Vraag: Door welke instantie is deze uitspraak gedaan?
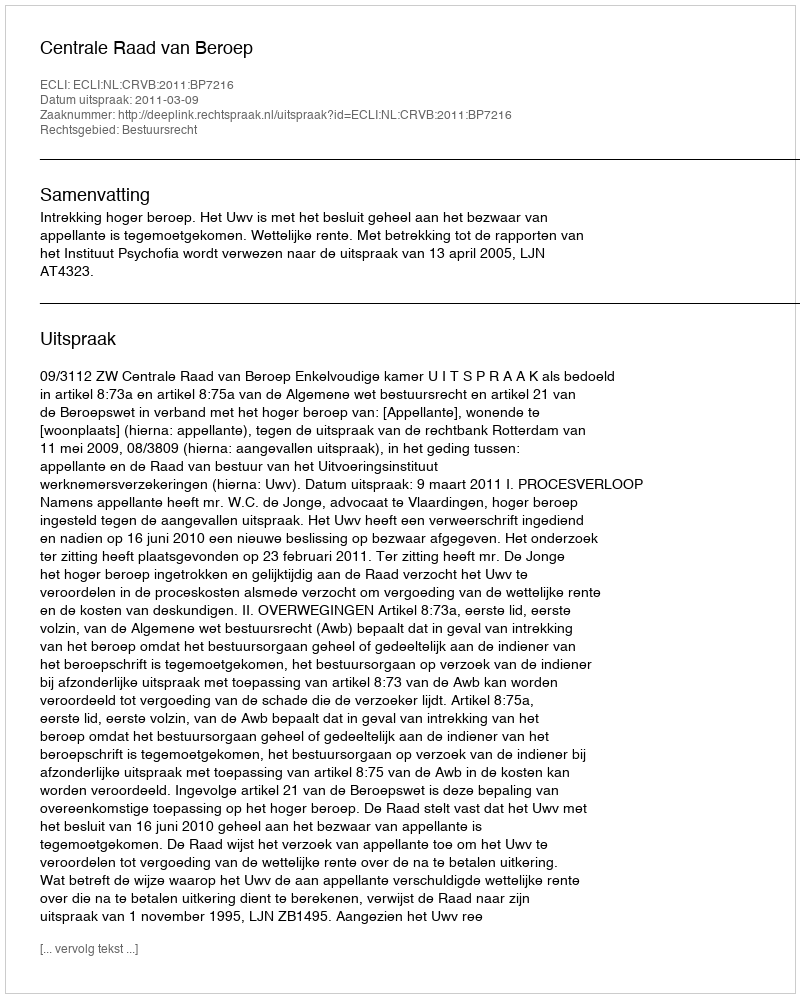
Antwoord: Centrale Raad van Beroep